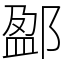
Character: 𨜏